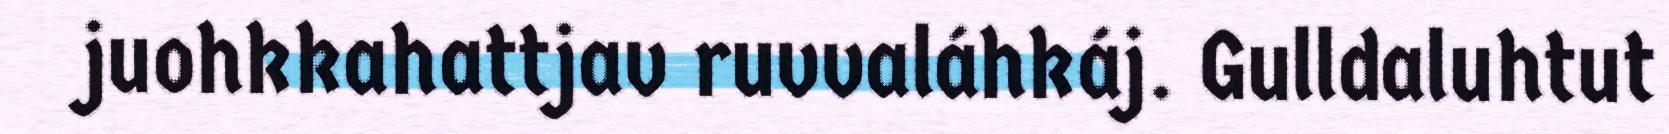
juohkkahattjav ruvvaláhkáj. Gulldaluhtut